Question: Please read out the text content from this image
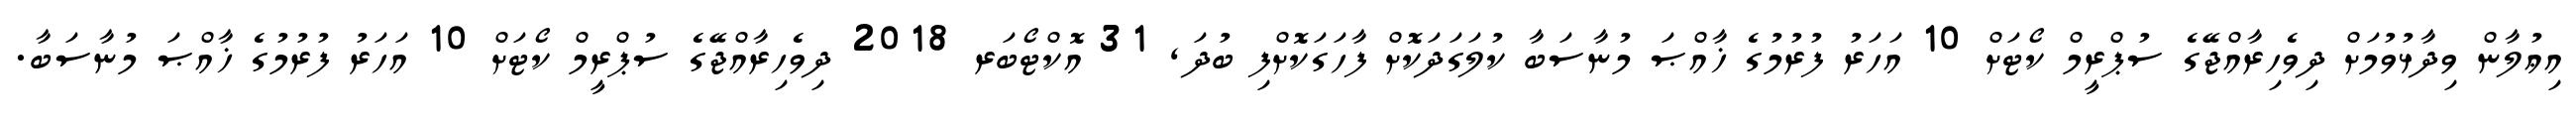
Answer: އިޢުލާން ވިދާޅުވުމަށް ދިވެހިރާއްޖޭގެ ސުޕްރީމް ކޯޓަށް 10 އަހަރު ފުރުމުގެ ޚާއްޞަ މުނާސަބާ ކުލަގަދަކޮށް ފާހަގަކޮށްފި ބުދަ, 31 އޮކްޓޯބަރ 2018 ދިވެހިރާއްޖޭގެ ސުޕްރީމް ކޯޓަށް 10 އަހަރު ފުރުމުގެ ޚާއްޞަ މުނާސަބާ.